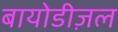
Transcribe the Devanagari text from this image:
बायोडीज़ल